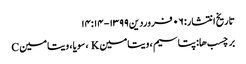
تاریخ انتشار: ۰۶ فروردین ۱۳۹۹ - ۱۴:۱۴
برچسب ها: پتاسیم ، ویتامین K ، سویا ، ویتامین C